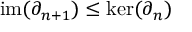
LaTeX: \mathrm { i m } ( \partial _ { n + 1 } ) \leq \ker ( \partial _ { n } )